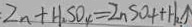
Z n + H _ { 2 } S O _ { 4 } = Z n S O _ { 4 } + H _ { 2 } \uparrow